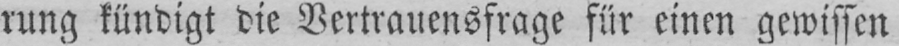
rung kündigt die Vertrauensfrage für einen gewissen